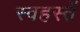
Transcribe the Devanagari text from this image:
स्वहस्तें